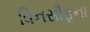
વિનસૌફના